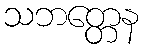
သဘတ္တေန